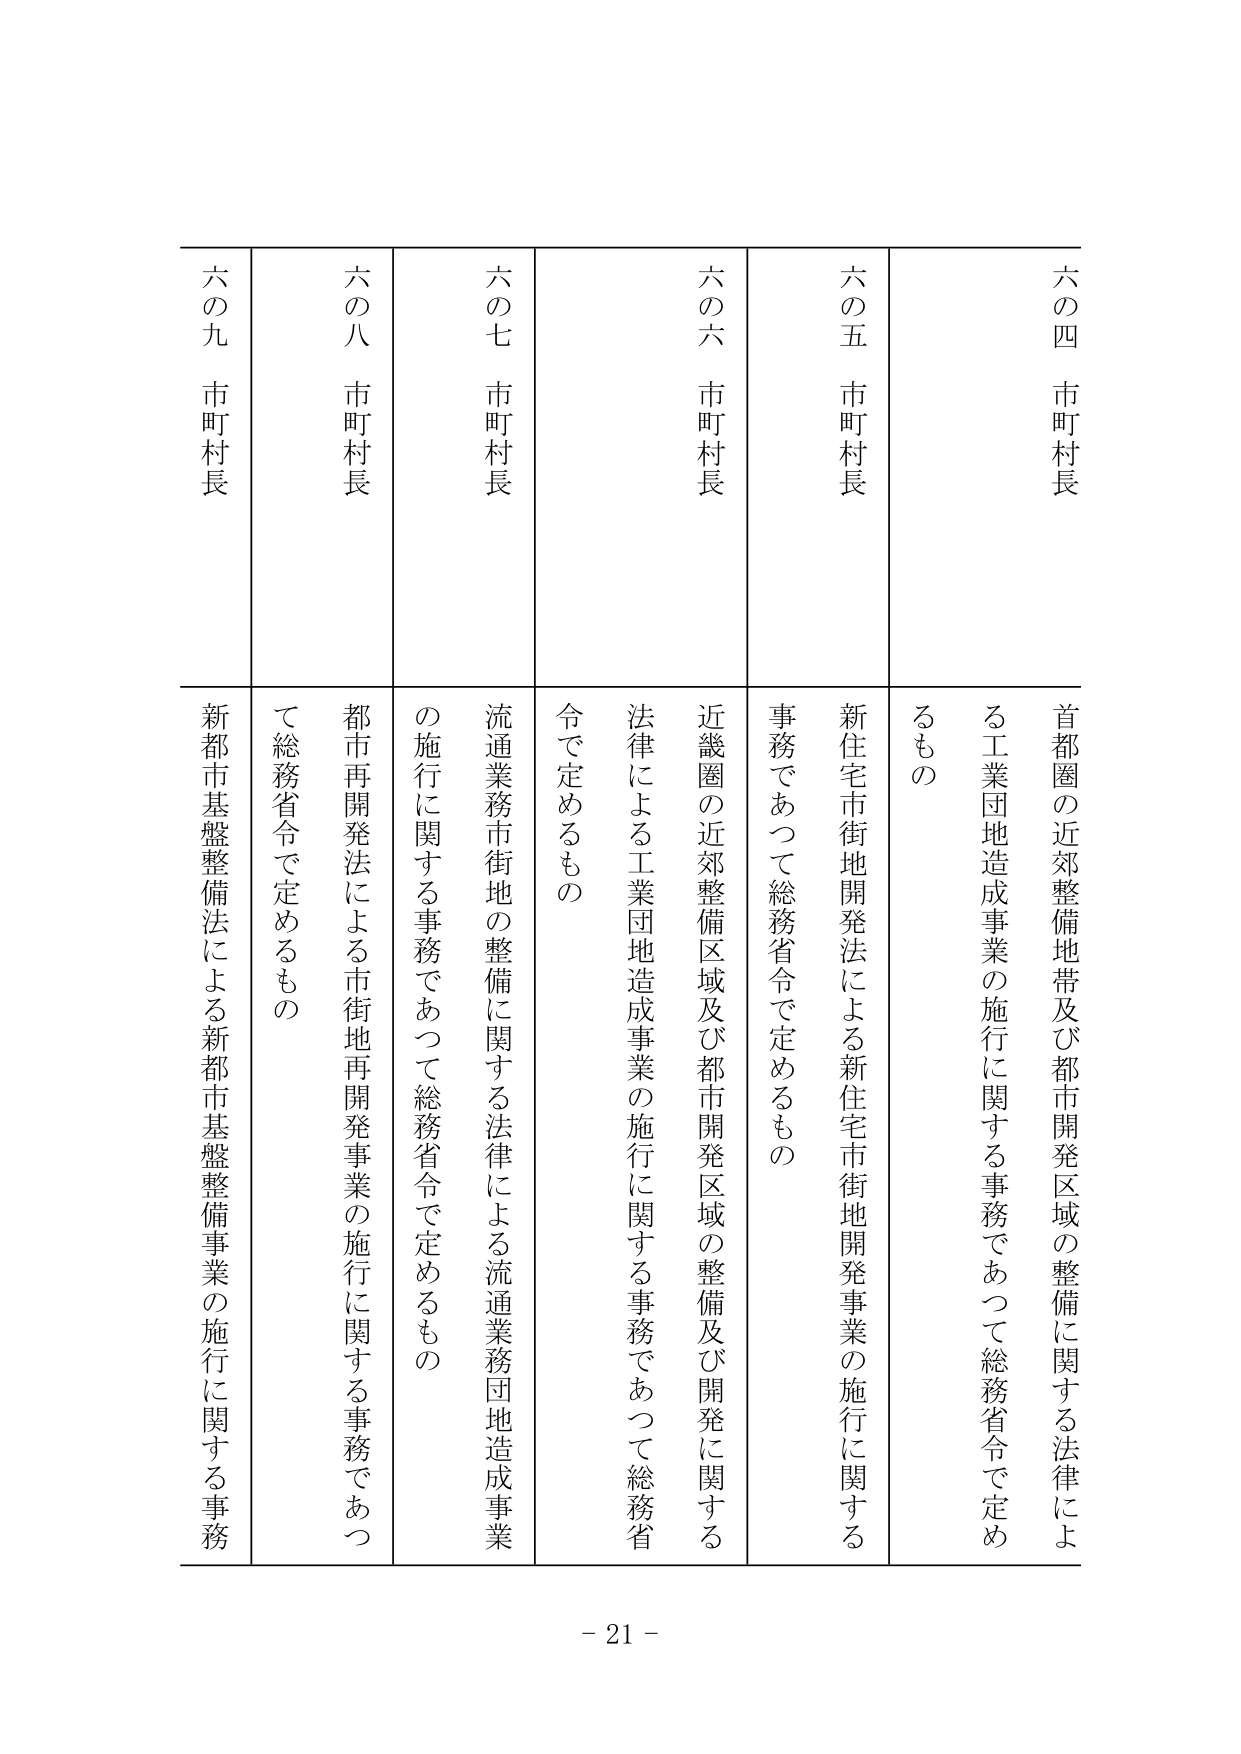
六の四 市町村長
首都圏の近郊整備地帯及び都市開発区域の整備に関する法律による工業団地造成事業の施行に関する事務であって総務省令で定めるもの

六の五 市町村長
新住宅市街地開発法による新住宅市街地開発事業の施行に関する事務であって総務省令で定めるもの

六の六 市町村長
近畿圏の近郊整備区域及び都市開発区域の整備及び開発に関する法律による工業団地造成事業の施行に関する事務であって総務省令で定めるもの

六の七 市町村長
流通業務市街地の整備に関する法律による流通業務団地造成事業の施行に関する事務であって総務省令で定めるもの

六の八 市町村長
都市再開発法による市街地再開発事業の施行に関する事務であって総務省令で定めるもの

六の九 市町村長
新都市基盤整備法による新都市基盤整備事業の施行に関する事務

- 21 -